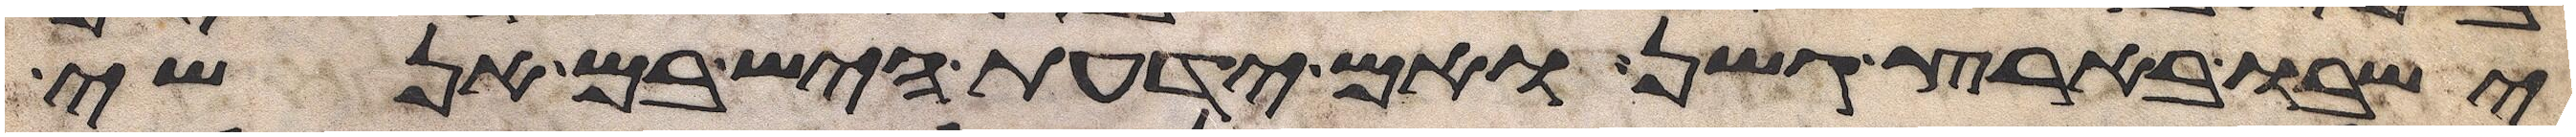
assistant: ישבו בארץ גשן ואם ידעת היש בם אנשי